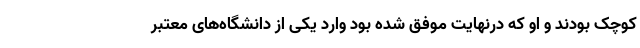
کوچک بودند و او که درنهایت موفق شده بود وارد یکی از دانشگاه‌های معتبر